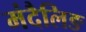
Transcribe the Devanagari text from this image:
मंदैलिङ